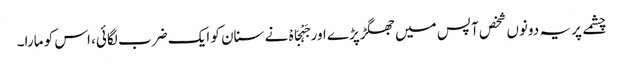
چشمے پر یہ دونوں شخص آپس میں جھگڑپڑے اور جَہْجَاہْ نے سنان کو ایک ضرب لگائی، اس کو مارا۔